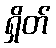
ရှိတ်